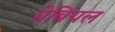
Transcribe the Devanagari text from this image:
ग्रेबियल